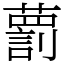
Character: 藅